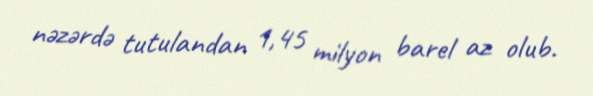
nəzərdə tutulandan 1,45 milyon barel az olub.